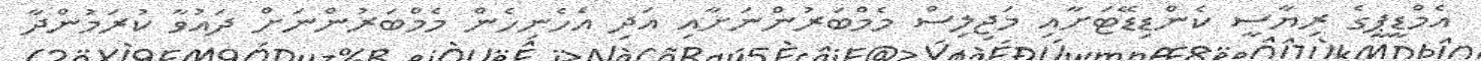
އެމްޑީޕީގެ ރިޔާސީ ކެންޑިޑޭޓަށާއި މަޖިލިސް މެމްބަރުންނަށާއި އަދި އެހެނިހެން މެމްބަރުންނަށް ދައުވާ ކުރަމުންދާ